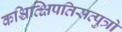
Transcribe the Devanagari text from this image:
कश्चित्क्षिपतिसत्पुत्रो